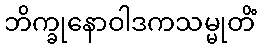
ဘိက္ခုနောဝါဒကသမ္မုတိံ